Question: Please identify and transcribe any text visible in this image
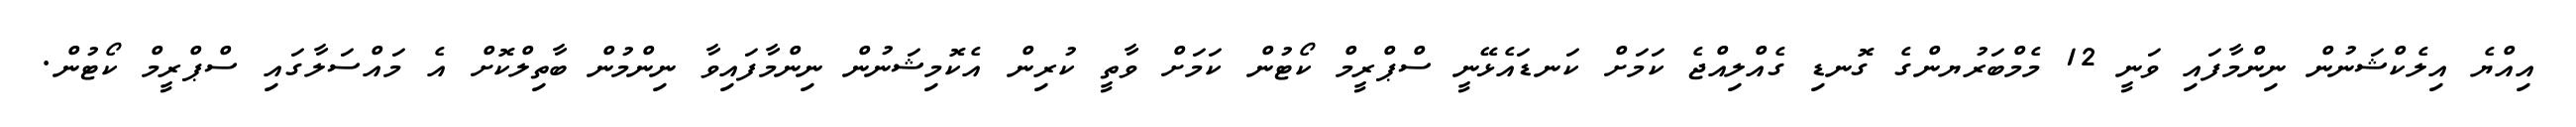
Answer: އިއްޔެ އިލެކްޝަނުން ނިންމާފައި ވަނީ 12 މެމްބަރުޔންގެ ގޮނޑި ގެއްލިއްޖެ ކަމަށް ކަނޑައެޅޭނީ ސްޕްރީމް ކޯޓުން ކަމަށް ވާތީ ކުރިން އެކޮމިޝަނުން ނިންމާފައިވާ ނިންމުން ބާތިލްކޮށް އެ މައްސަލާގައި ސްޕްރީމް ކޯޓުން.